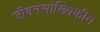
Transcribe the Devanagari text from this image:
जीवनसांख्यिकीय